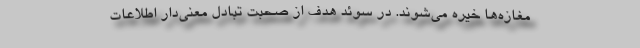
مغازه‌ها خیره می‌شوند. در سوئد هدف از صحبت تبادل معنی‌دار اطلاعات